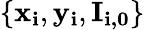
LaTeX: \{ \mathbf{x_{i}},\mathbf{y_{i}},\mathbf{I_{i,0}}\}